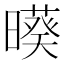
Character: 𣋒